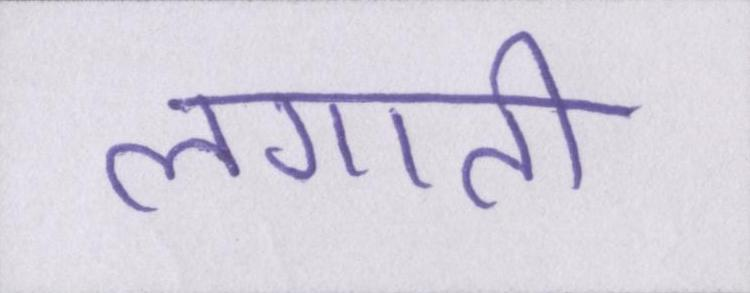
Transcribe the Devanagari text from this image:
लगाती